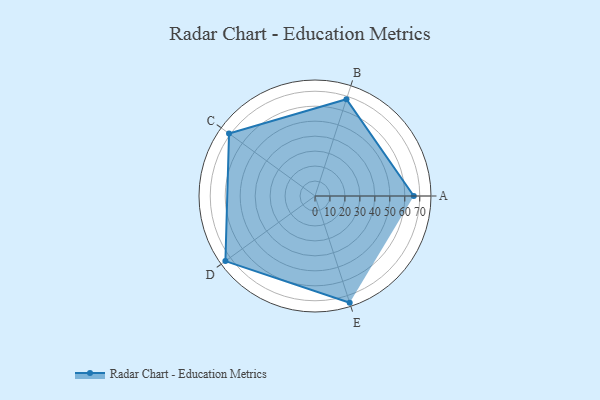
{"axis": {"x": "Skill", "y": "Score"}, "legend": ["Profile"], "data": [{"x": "A", "y": 66.0, "type": "Profile"}, {"x": "B", "y": 68.0, "type": "Profile"}, {"x": "C", "y": 71.0, "type": "Profile"}, {"x": "D", "y": 74.0, "type": "Profile"}, {"x": "E", "y": 75.0, "type": "Profile"}]}